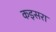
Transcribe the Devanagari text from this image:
कइसरा